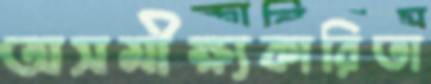
অসমীক্ষ্যকারিতা